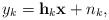
\begin{align*} y_k=\mathbf{h}_k\mathbf{x}+n_k, \end{align*}